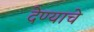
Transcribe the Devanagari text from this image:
देण्‍याचे